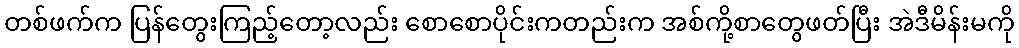
တစ်ဖက်က ပြန်တွေးကြည့်တော့လည်း စောစောပိုင်းကတည်းက အစ်ကို့စာတွေဖတ်ပြီး အဲဒီမိန်းမကို